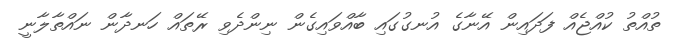
ތުއްތު ކުއްޖެއް ފަދައިން އޭނާގެ އުނގުގައި ބާއްވައިގެން ނިންދެވި ރޭތައް ހަނދާން ނައްތާލާނީ